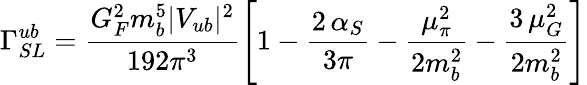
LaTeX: \Gamma_{SL}^{ub}=\frac{G_{F}^{2}m_{b}^{5}|V_{ub}|^{2}}{192\pi^{3}}\left[1-\frac{2\, \alpha_{S}}{3\pi}-\frac{\mu_{\pi}^{2}}{2m_{b}^{2}}-\frac{3\, \mu_{G}^{2}}{2m_{b}^{2}}\right]